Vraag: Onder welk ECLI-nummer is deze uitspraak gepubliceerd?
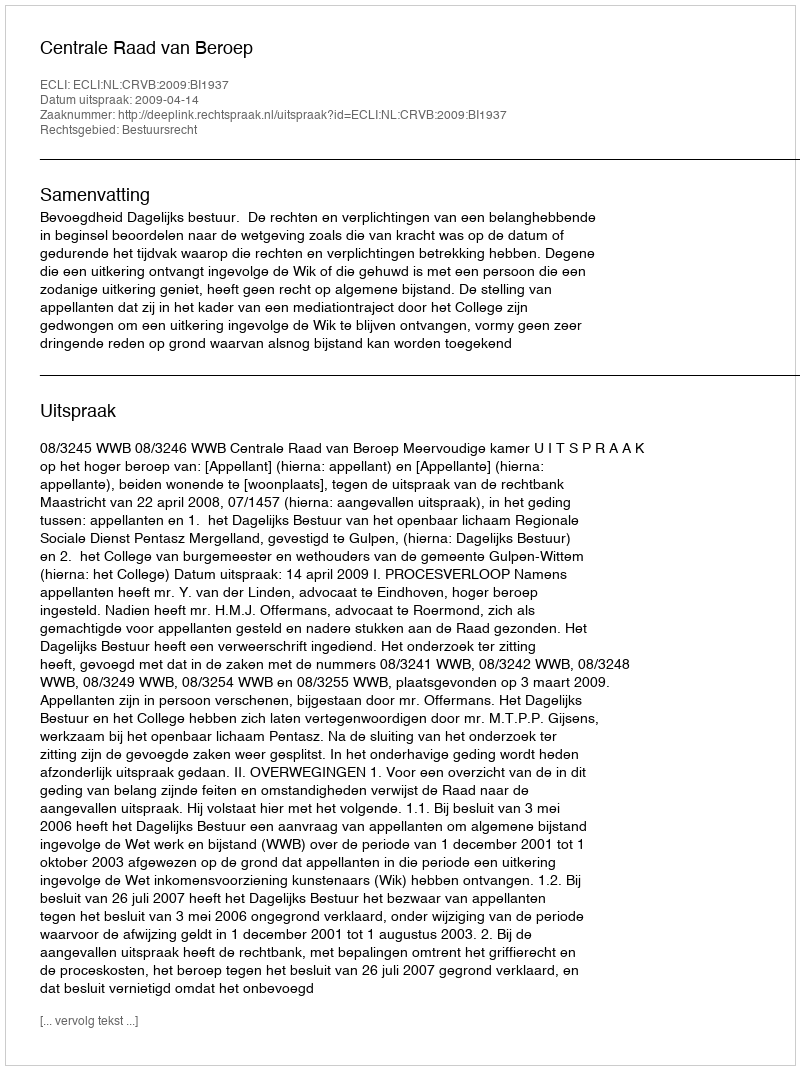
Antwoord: ECLI:NL:CRVB:2009:BI1937